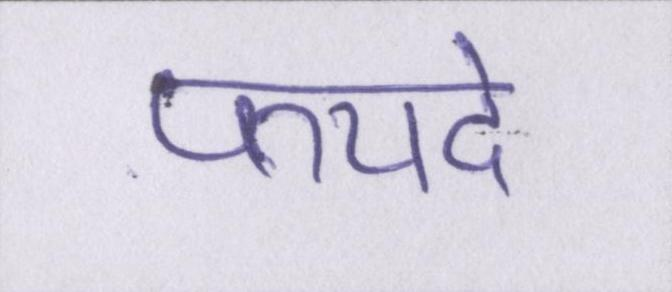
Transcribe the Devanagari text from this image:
फयदे